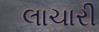
લાચારી